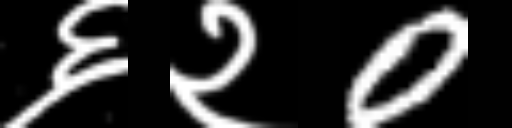
Text: ६२0